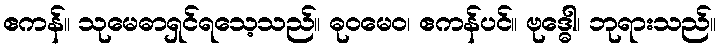
ဧကန်။ သုမေဓာရှင်ရသေ့သည်။ ဓုဝမေဝ၊ ဧကန်ပင်။ ဗုဒ္ဓေါ၊ ဘုရားသည်။